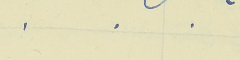
.    .    .